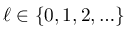
\ell \in \{ 0 , 1 , 2 , \ldots \}